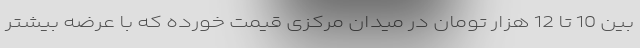
بین 10 تا 12 هزار تومان در میدان مرکزی قیمت خورده که با عرضه بیشتر